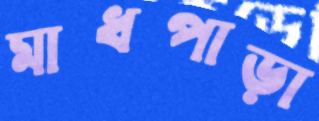
মাধপাড়া